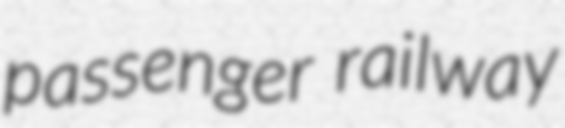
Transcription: passenger railway